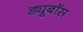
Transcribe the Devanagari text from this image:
ड्यूबॉस